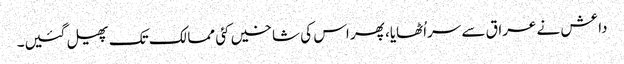
داعش نے عراق سے سراُٹھایا، پھر اس کی شاخیں کئی ممالک تک پھیل گئیں۔